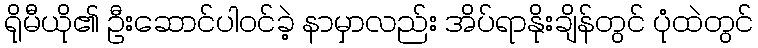
ရိုမီယို၏ ဦးဆောင်ပါဝင်ခဲ့ နာမှာလည်း အိပ်ရာနိုးချိန်တွင် ပုံထဲတွင်